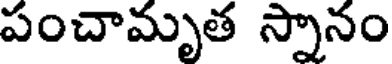
పంచామృత స్నానం